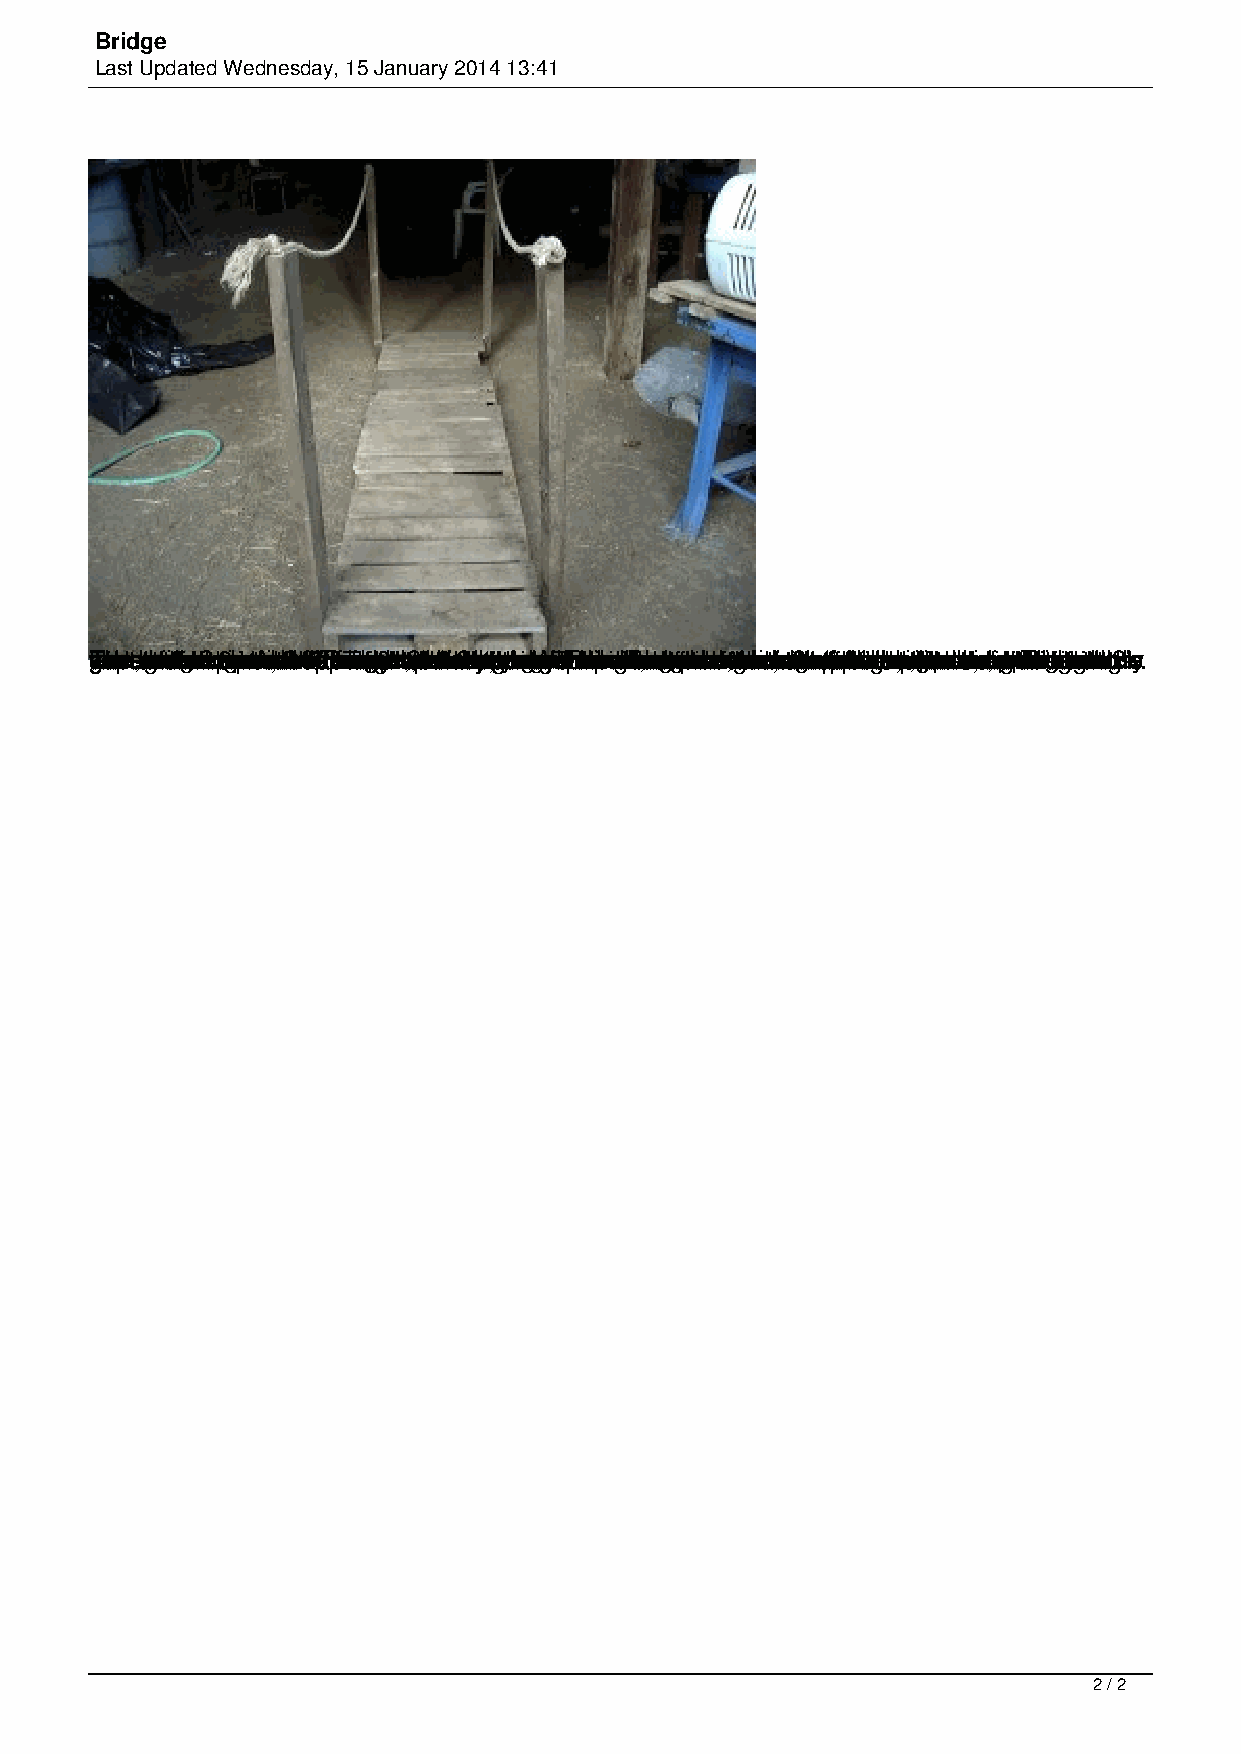
Bridge
 Last Updated Wednesday, 15 January 2014 13:41
 Twgssc Tngtewe h itoaeann/hhedere/nupxpdo eerer eectcoss u , ubo e t t ugwcuaobbnrtnthhiurte esdditttte etrathtihfeg daww ortce tre oet2or eeohi t n c waheepae2mtgei enntbdxappi noo . 4o os em bwtsrnN' uneseromii,idst r ted a t th2woea1hshxdr xn d8udethallto e4'oe" ps2itscRt ' . ps s blmsh fewoeT r ooi aonofadaeihr ascfgmttdepi eh,r gr3t e pdeonh eaah"a i rs sc n ubtt,t 2so.s ,tw4dpo t ucx Lhax uctorr4tthaan4eerhht ' ees4std wdee2 rta xt u nl twshayap4itonn e et,ebta'gpt snch yatroltos hhlieeh cwenv.igee n ehtgeeWceo .sg er ,uxrrt.Tu o o ied wttitsTnrn phhc iacaitndh eek noaa ts ei niphs shn wr ard iemee ages wlaitrd lflm ch altfsfmaat e,eeehdw asrdtasro regal hec e lngt eo cfeienfeprdorkrrnonnte io n ee bbumt aaem.etdcees hntiA re ,tae atego hthswblmdwms lneee be ioo orsat srtc hi,cfh i nss adoo uttwei 2ohugdlnhttd hox eseeteaom o4eoe p nfufopa' dfa aesdc apf f sk ll tetrwllrtotoeieael ihdn glne rt itieaetlhkt sh r ehte sde e,ehtpwr esiud t ,etaiahg hept ci f ltttauooerlpwho teeaatetrroan hat lcwsstsrultneshoht t,iessose d rewetr,e r lciei odwdepegwhdt.n i pd hea obtciTt toi trnonerunht he ihnd idtg eet fs seehsrigr iltnmtoail xoreheg w oviit 1rlae hn benlhtxolrt oulrgto2o.hsl'keesy.
 2 / 2